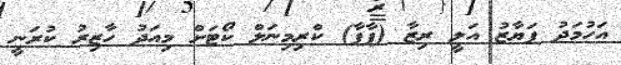
އަހުމަދު ފަޔާޒު އަލީ ރިޒާ (ޕާޕާ) ކްރިމިނަލް ކޯޓަށް މިއަދު ހާޒިރު ކުރަނީ